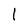
Character: 1